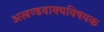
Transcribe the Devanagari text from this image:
अखण्डवाक्यविषयक